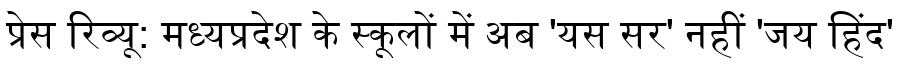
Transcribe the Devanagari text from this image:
प्रेस रिव्यू: मध्यप्रदेश के स्कूलों में अब 'यस सर' नहीं 'जय हिंद'